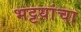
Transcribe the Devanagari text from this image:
भट्टय़ांचा